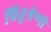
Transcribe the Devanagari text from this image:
पितृश्रेणी